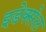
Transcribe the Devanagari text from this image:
इडेक्सेल